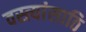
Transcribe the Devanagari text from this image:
वस्त्यांसाठि